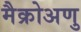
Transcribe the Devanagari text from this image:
मैक्रोअणु